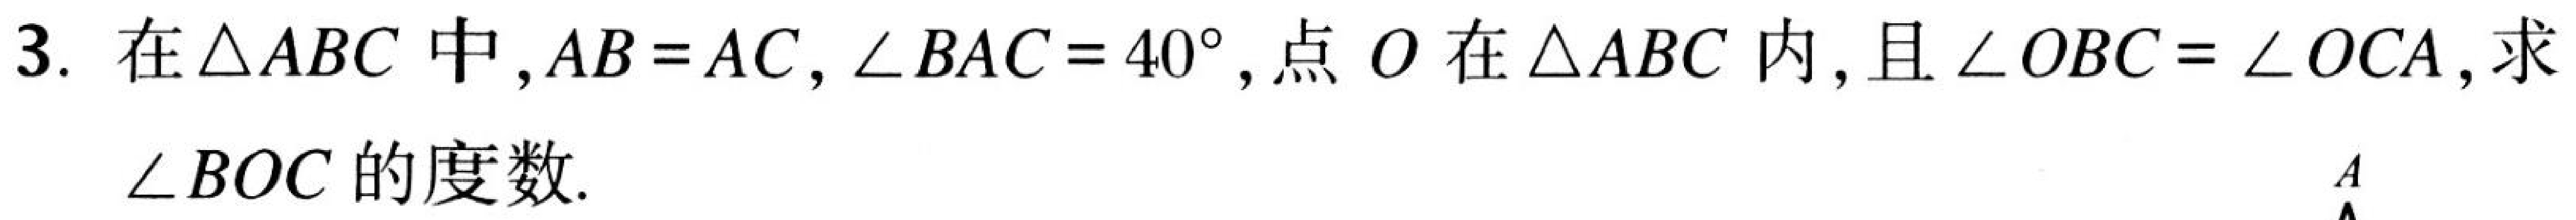
3. 在$\triangle ABC$中,$AB = AC$, $\angle BAC = 40^{\circ}$, 点$O$在$\triangle ABC$内, 且$\angle OBC=\angle OCA$, 求$\angle BOC$的度数.